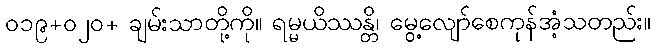
၀၁၉+၀၂၀+ ချမ်းသာတို့ကို။ ရမ္မယိဿန္တိ၊ မွေ့လျော်စေကုန်အံ့သတည်း။